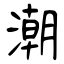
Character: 潮